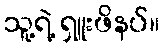
သူ့ရဲ့ ရှူးဖိနပ်။